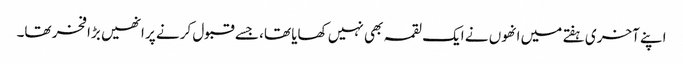
اپنے آخری ہفتے میں انھوں نے ایک لقمہ بھی نہیں کھایا تھا، جسے قبول کرنے پر انھیں بڑا فخر تھا۔